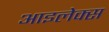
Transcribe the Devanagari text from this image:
आइलेक्स